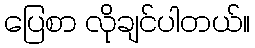
ပြေစာ လိုချင်ပါတယ်။